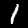
Digit: 1